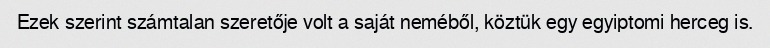
Ezek szerint számtalan szeretője volt a saját neméből, köztük egy egyiptomi herceg is.